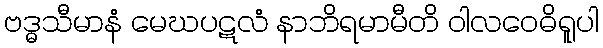
ဗဒ္ဓသီမာနံ မေဃပဋလံ နာဘိရမာမီတိ ဝါလဝေဓိရူပါ